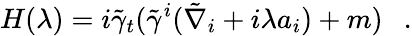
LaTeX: H(\lambda)=i\tilde{\gamma}_{t}(\tilde{\gamma}^{i}(\tilde{\nabla}_{i}+i\lambda a_{i})+m)~~~.